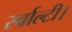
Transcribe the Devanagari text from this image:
रर्वाल्टी।